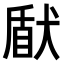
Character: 𤟢